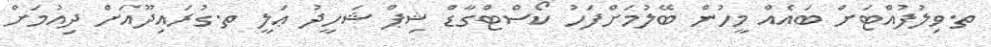
ތ.ވިލުފުއްޓަށް ބައެއް މީހުން ބޭލުމަށްފަހު ކޯސްޓްގާޑް ޝިޕް ޝަހީދު ޢަލީ ތ.ގުރައިދޫއަށް ދިއުމަށް